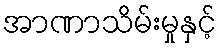
အာဏာသိမ်းမှုနှင့်